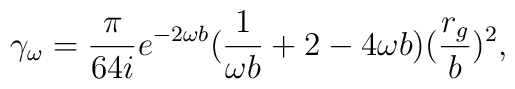
\gamma_\omega=\frac{\pi}{64i}e^{-2\omega b}(\frac{1}{\omega b}+2-4\omega b)(\frac{r_g}{b})^2,